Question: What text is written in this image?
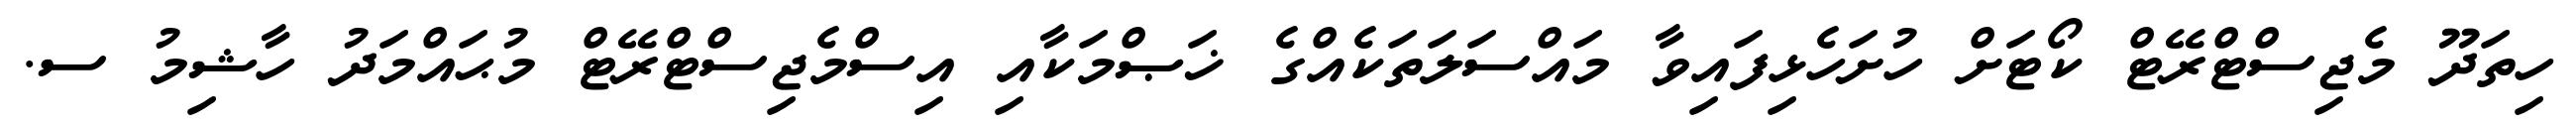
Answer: ހިތަދޫ މެޖިސްޓްރޭޓް ކޯޓަށް ހުށަހެޅިފައިވާ މައްސަލަތަކެއްގެ ޚަޞްމަކާއި އިސްމެޖިސްޓްރޭޓް މުޙައްމަދު ހާޝިމު ސ.